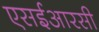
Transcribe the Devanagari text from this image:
एसईआरसी